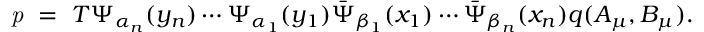
{ \it p } \ = \ T \Psi _ { \alpha _ { n } } ( y _ { n } ) \cdots \Psi _ { \alpha _ { 1 } } ( y _ { 1 } ) \bar { \Psi } _ { \beta _ { 1 } } ( x _ { 1 } ) \cdots \bar { \Psi } _ { \beta _ { n } } ( x _ { n } ) q ( A _ { \mu } , B _ { \mu } ) .